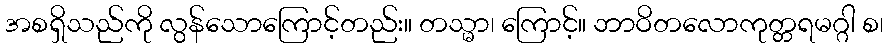
အစရှိသည်ကို လွန်သောကြောင့်တည်း။ တသ္မာ၊ ကြောင့်။ ဘာဝိတလောကုတ္တရမဂ္ဂါ စ၊